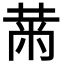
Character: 𮮠